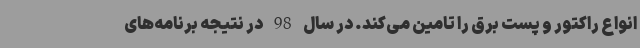
انواع راکتور و پست برق را تامین می‌کند. در سال 98 در نتیجه برنامه‌های